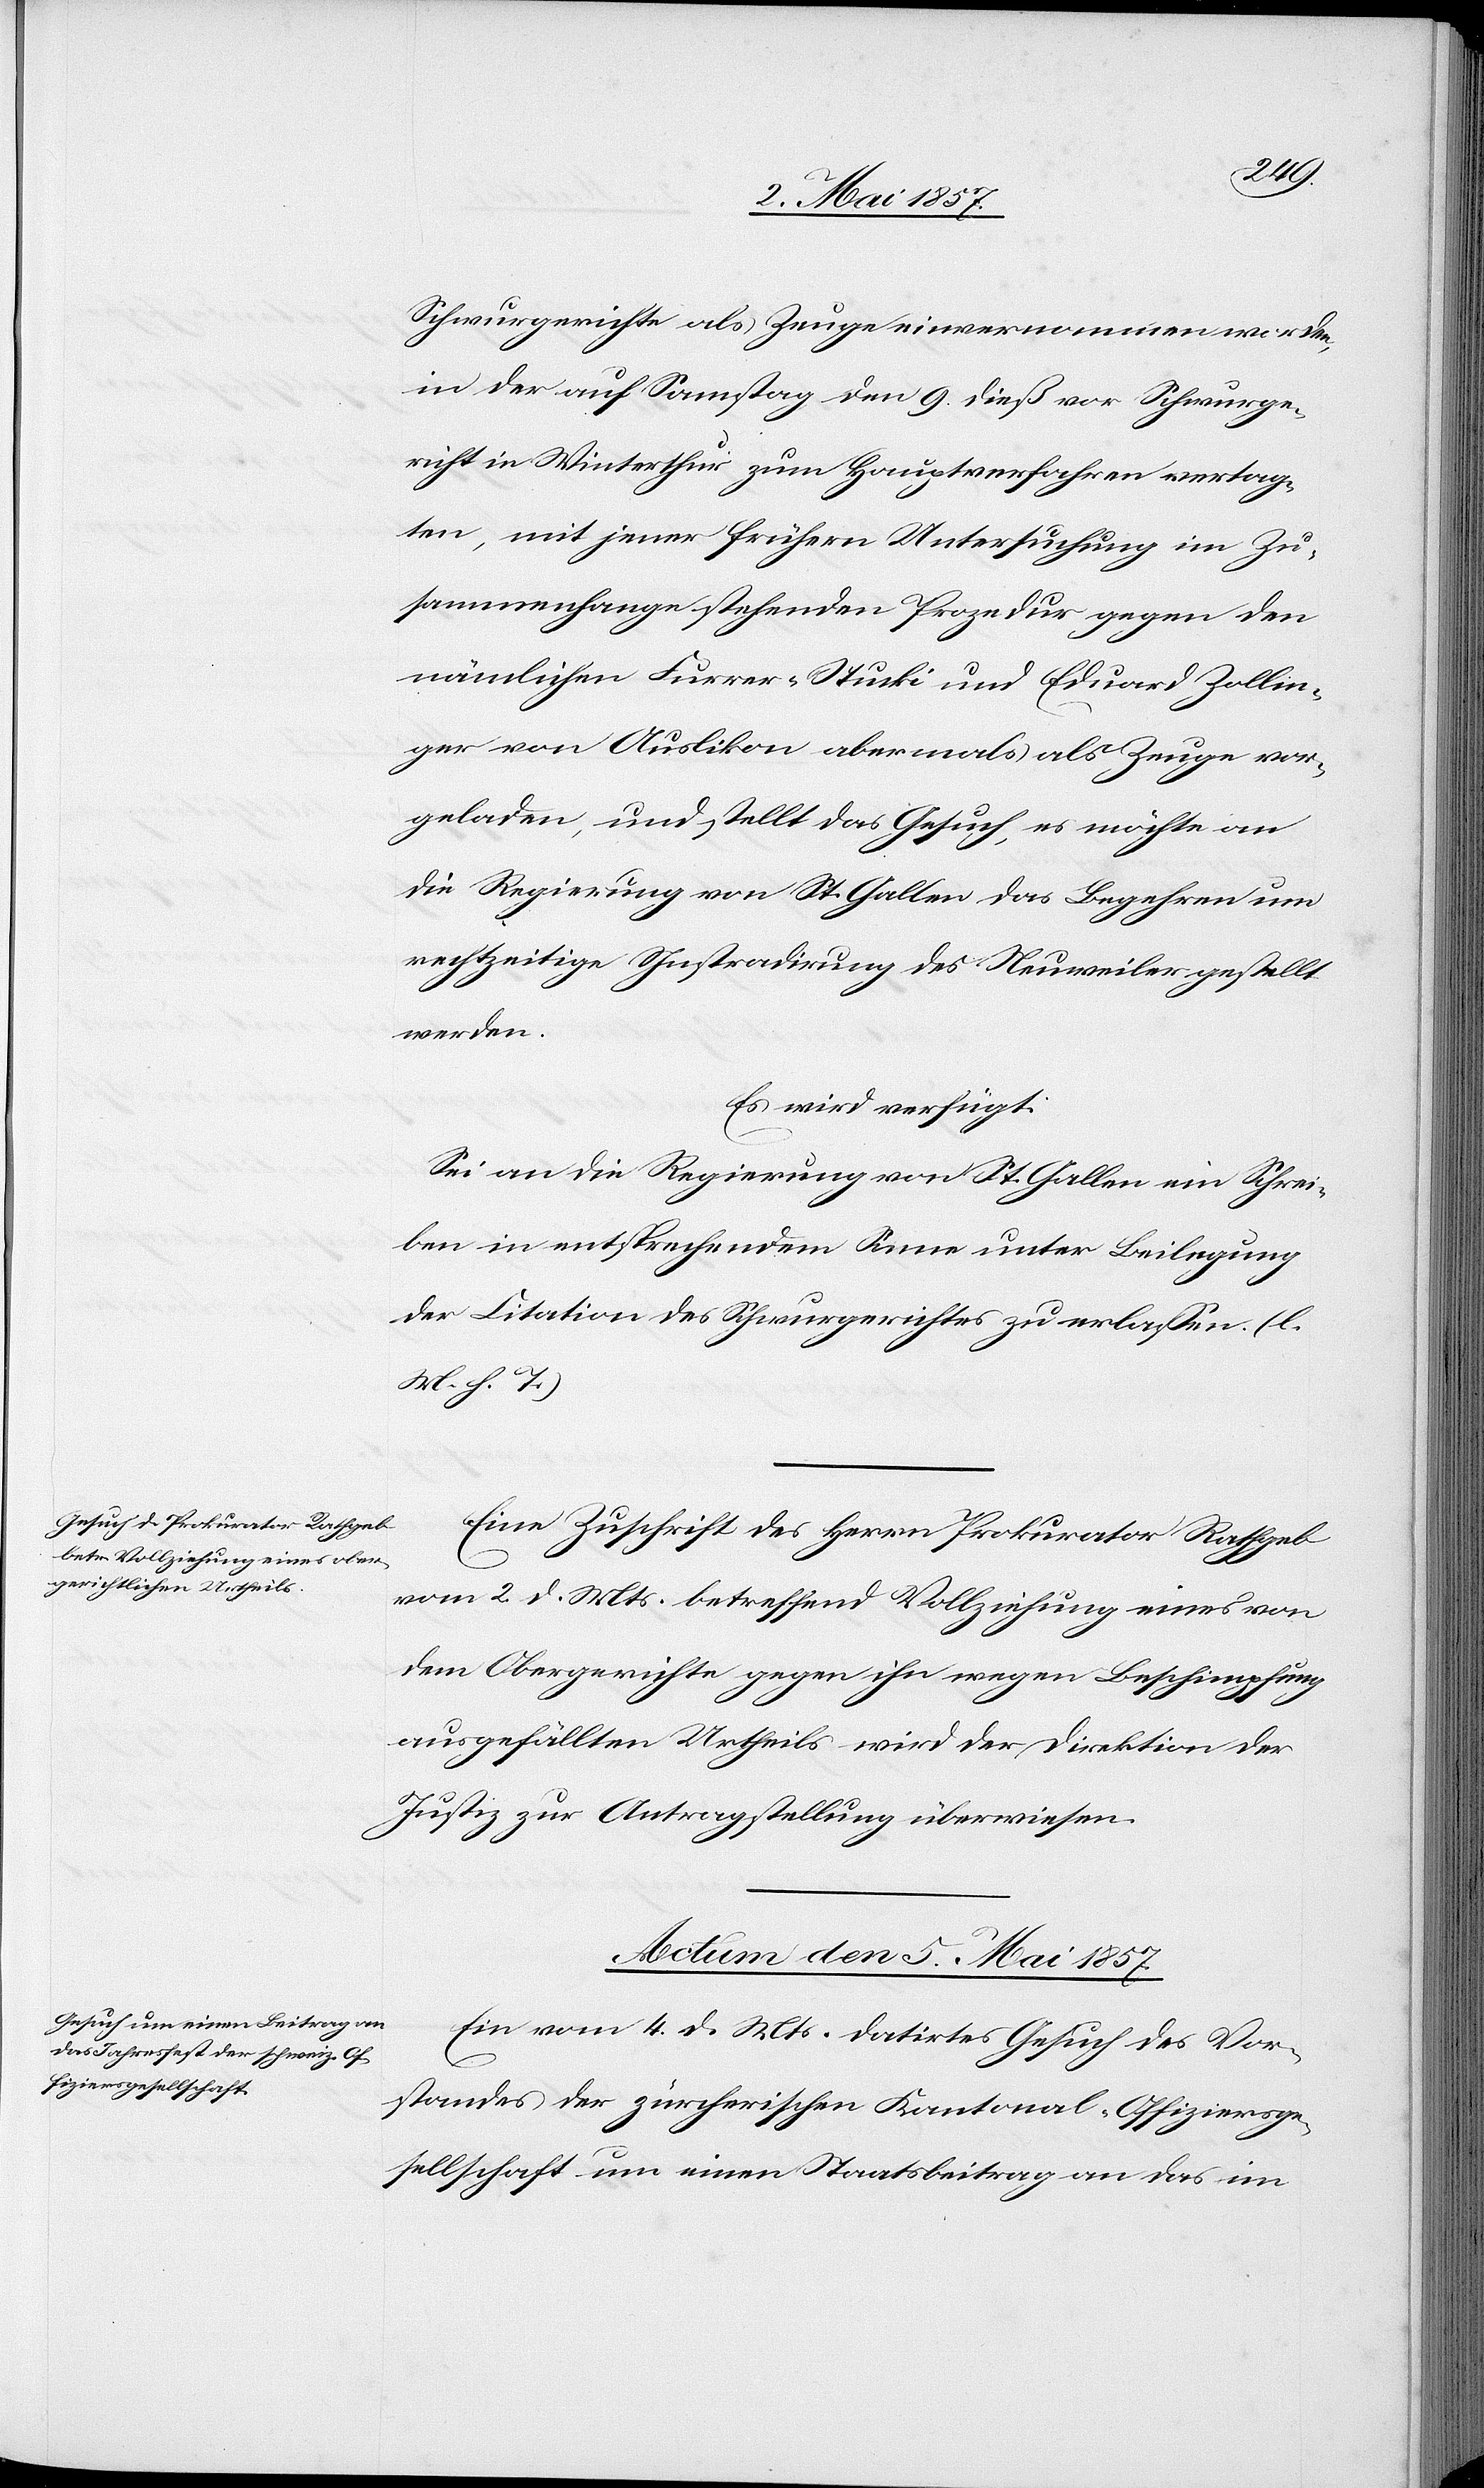
Schwurgerichte als Zeuge einvernommen worden,
in der auf Samstag den 9 dieß vor Schwurge¬
richt in Winterthur zum Hauptverfahren vertag¬
ten, mit jener frühern Untersuchung im Zu¬
sammenhange stehenden Prozedur gegen den
nämlichen Furrer-Stucki und Eduard Zollin¬
ger von Auslikon abermals als Zeuge vor¬
geladen, und stellt das Gesuch, es möchte an
die Regierung von St. Gallen das Begehren um
rechtzeitige Instradirung des Neuweiler gestellt
werden.
Es wird verfügt:
Sei an die Regierung von St. Gallen ein Schrei¬
ben in entsprechendem Sinne unter Beilegung
der Citation des Schwurgerichtes zu erlaßen. [l.
M. h. T]
Eine Zuschrift des Herrn Prokurator Rothgeb
vom 2 d. Mts. betreffend Vollziehung eines von
dem Obergerichte gegen ihn wegen Beschimpfung
ausgefüllten Urtheils wird der Direktion der
Justiz zur Antragstellung überwiesen.
Actum den 5 Mai 1857.
Ein vom 4 d. Mts. datirtes Gesuch des Vor¬
standes der zürcherischen Kantonal-Offiziersge¬
sellschaft um einen Staatsbeitrag an das im